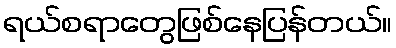
ရယ်စရာတွေဖြစ်နေပြန်တယ်။